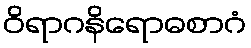
ဝိရာဂနိရောဓစာဂံ